Indian journal of veterinary science and animal husbandry - Volumes 18-21, 1948-1951
Year: 1948
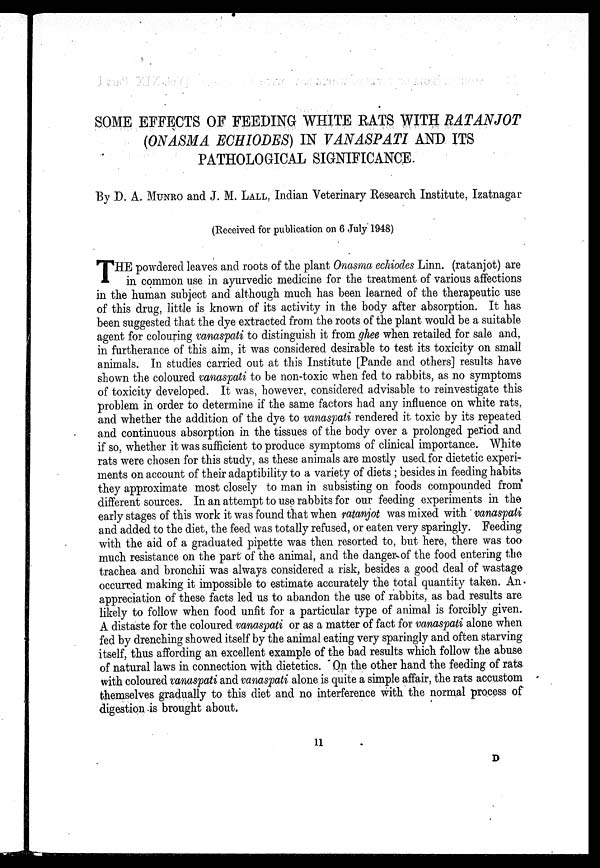
SOME EFFECTS OF FEEDING WHITE RATS WITH RATANJOT
(ONASMA ECHIODES) IN VAN ASPATI AND ITS
PATHOLOGICAL SIGNIFICANCE.
By D. A. MUNRO and J. M. LALL, Indian Veterinary Research Institute, Izatnagar
(Received for publication on 6 July 1948)
T HE powdered leaves and roots of the plant Onasma echiodes Linn. (ratanjot) are
in common use in ayurvedic medicine for the treatment of various affections
in the human subject and although much has been learned of the therapeutic use
of this drug, little is known of its activity in the body after absorption. It has
been suggested that the dye extracted from the roots of the plant would be a suitable
agent for colouring vanaspati to distinguish it from ghee when retailed for sale and,
in furtherance of this aim, it was considered desirable to test its toxicity on small
animals. In studies carried out at this Institute [Pande and others] results have
shown the coloured vanaspati to be non-toxic when fed to rabbits, as no symptoms
of toxicity developed. It was, however, considered advisable to reinvestigate this
problem in order to determine if the same factors had any influence on white rats,
and whether the addition of the dye to vanaspati rendered it toxic by its repeated
and continuous absorption in the tissues of the body over a prolonged period and
if so, whether it was sufficient to produce symptoms of clinical importance. White
rats were chosen for this study, as these animals are mostly used for dietetic experi-
ments on account of their adaptibility to a variety of diets; besides in feeding habits
they approximate most closely to man in subsisting on foods compounded from
different sources. In an attempt to use rabbits for our feeding experiments in the
early stages of this work it was found that when ratanjot was mixed with vanaspati
and added to the diet, the feed was totally refused, or eaten very sparingly. Feeding
with the aid of a graduated pipette was then resorted to, but here, there was too
much resistance on the part of the animal, and the danger of the food entering the
trachea and bronchii was always considered a risk, besides a good deal of wastage
occurred making it impossible to estimate accurately the total quantity taken. An
appreciation of these facts led us to abandon the use of rabbits, as bad results are
likely to follow when food unfit for a particular type of animal is forcibly given.
A distaste for the coloured vanaspati or as a matter of fact for vanaspati alone when
fed by drenching showed itself by the animal eating very sparingly and often starving
itself, thus affording an excellent example of the bad results which follow the abuse
of natural laws in connection with dietetics. On the other hand the feeding of rats
with coloured vanaspati and vanaspati alone is quite a simple affair, the rats accustom
themselves gradually to this diet and no interference with the normal process of
digestion is brought about.
11
D